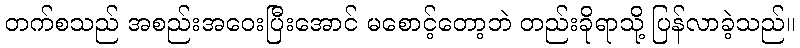
တက်စသည် အစည်းအဝေးပြီးအောင် မစောင့်တော့ဘဲ တည်းခိုရာသို့ ပြန်လာခဲ့သည်။